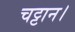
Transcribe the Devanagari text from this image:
चट्टान।